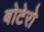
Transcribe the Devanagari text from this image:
बोटेरो